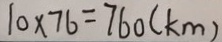
1 0 \times 7 6 = 7 6 0 ( k m )